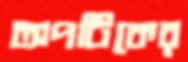
অপটিকের